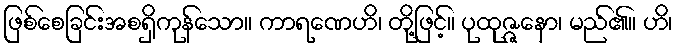
ဖြစ်စေခြင်းအစရှိကုန်သော။ ကာရဏေဟိ၊ တို့ဖြင့်။ ပုထုဇ္ဇနော၊ မည်၏။ ဟိ၊